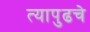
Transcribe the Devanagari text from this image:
त्यापुढचे